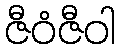
ဇီဝံဇီဝါ